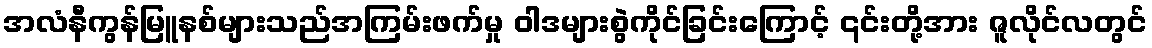
အလံနီကွန်မြူနစ်များသည်အကြမ်းဖက်မှု ဝါဒများစွဲကိုင်ခြင်းကြောင့် ၎င်းတို့အား ဇူလိုင်လတွင်